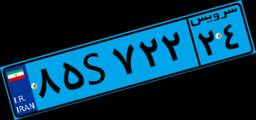
۷۷S۱۷۹۸۵